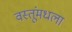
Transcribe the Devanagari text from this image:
वस्तूंमधला